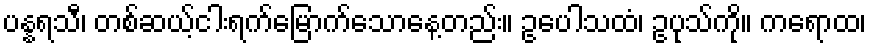
ပန္နရသီ၊ တစ်ဆယ့်ငါးရက်မြောက်သောနေ့တည်း။ ဥပေါသထံ၊ ဥပုသ်ကို။ ကရောထ၊